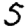
Digit: 5